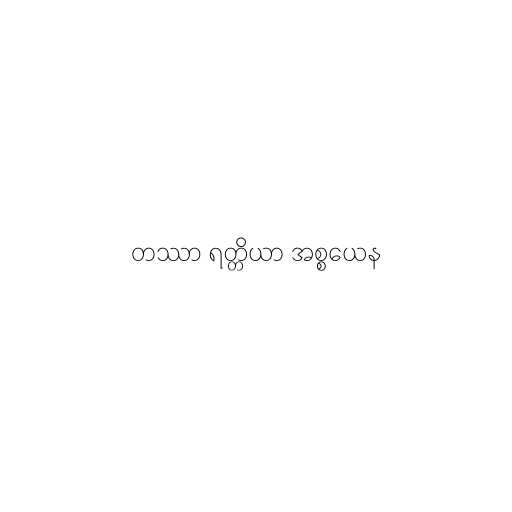
တဿာ ရတ္တိယာ အစ္စယေန